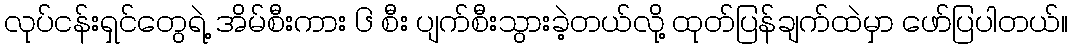
လုပ်ငန်းရှင်တွေရဲ့ အိမ်စီးကား ၆ စီး ပျက်စီးသွားခဲ့တယ်လို့ ထုတ်ပြန်ချက်ထဲမှာ ဖော်ပြပါတယ်။